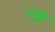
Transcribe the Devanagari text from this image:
थोड्क्षी